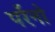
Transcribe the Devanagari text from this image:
पर्रेनो